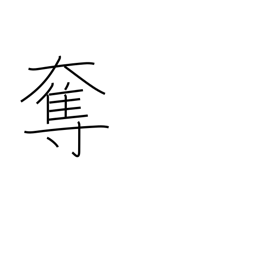
Meaning: usurp